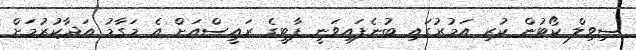
ސިވިލް ކޯޓުން ކުރި އަމުރުގައި ބުނެފައިވަނީ ޕާޓީގެ ރައީސްއަށް އެ މަގާމު އަދާކުރުމަށް